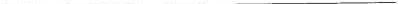
___